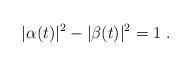
LaTeX: \begin{align*}|\alpha(t)|^2-|\beta(t)|^2=1\;.\end{align*}